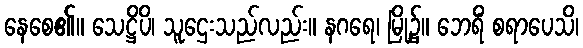
နေစေ၏။ သေဋ္ဌိပိ၊ သူဌေးသည်လည်း။ နဂရေ၊ မြို့၌။ ဘေရိံ စရာပေသိ၊